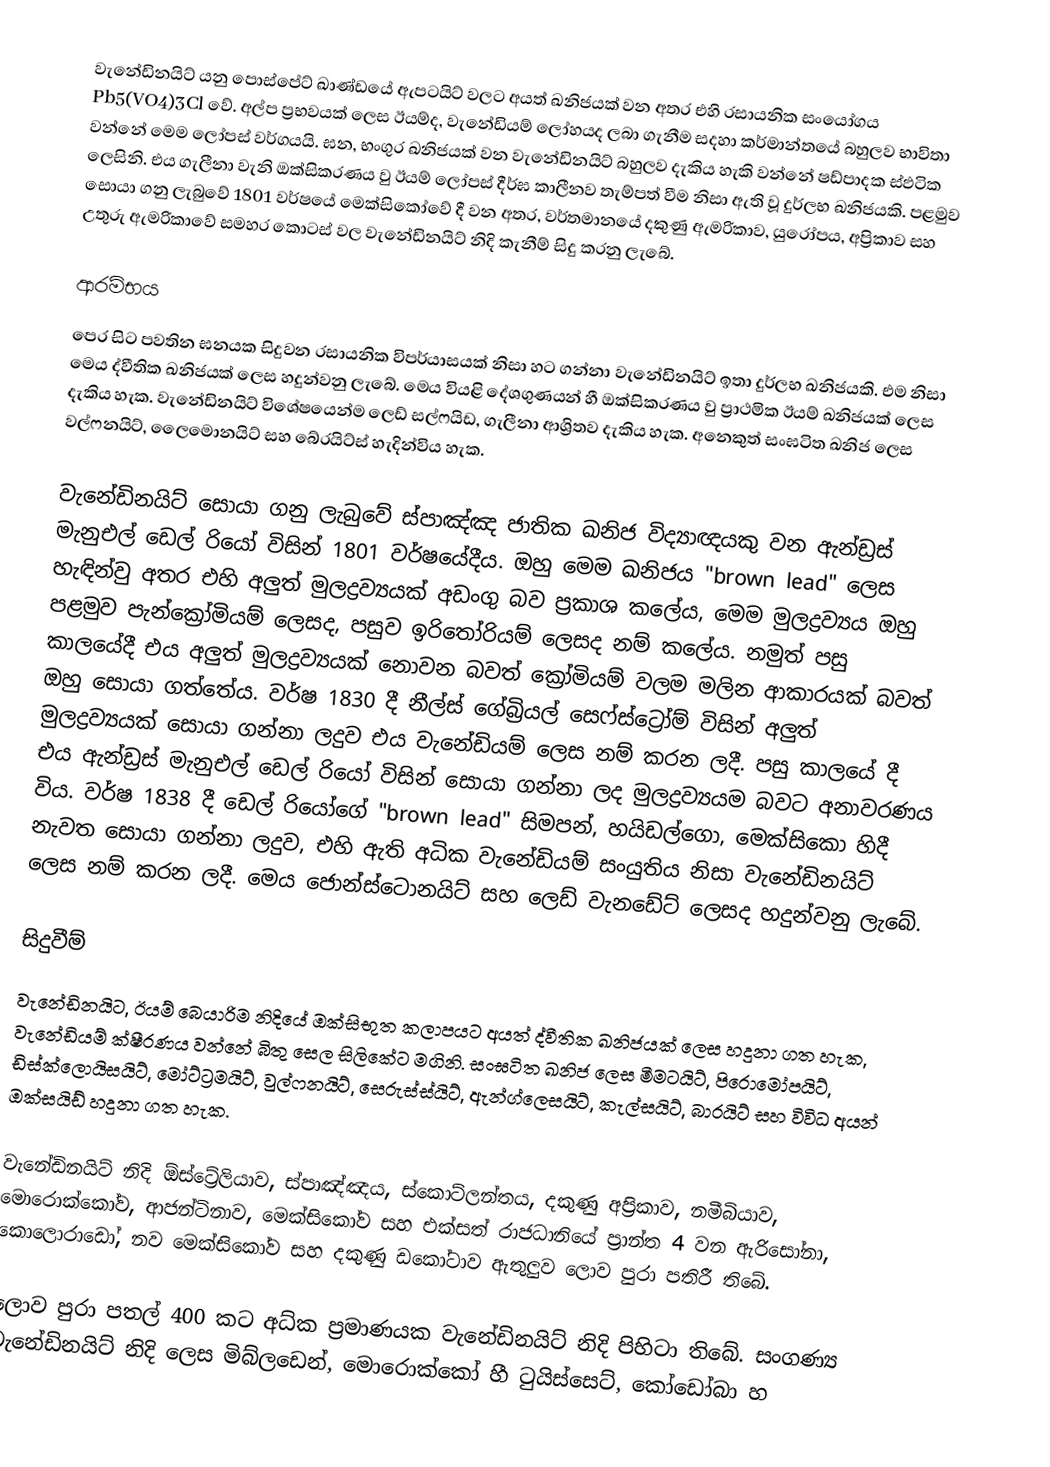
වැනේඩිනයිට් යනු පොස්පේට් ඛාණ්ඩයේ ඇපටයිට් වලට අයත් ඛනිජයක් වන අතර එහි රසායනික සංයෝගය Pb5(VO4)3Cl  වේ. අල්ප ප්‍රභවයක් ලෙස ඊයම්ද, වැනේඩියම් ලෝහයද ලබා ගැනීම සදහා කර්මාන්තයේ බහුලව භාවිතා වන්නේ මෙම ලෝපස් වර්ගයයි. ඝන, භංගුර ඛනිජයක් වන වැනේඩිනයිට් බහුලව දැකිය හැකි වන්නේ ෂඩ්පාදක ස්ඵටික ලෙසිනි. එය ගැලීනා වැනි ඔක්සිකරණය වු ඊයම් ලෝපස් දීර්ඝ කාලීනව තැම්පත් වීම නිසා ඇති වූ දුර්ලභ ඛනිජයකි. පළමුව සොයා ගනු ලැබුවේ 1801 වර්ෂයේ මෙක්සිකෝවේ දී වන අතර, වර්තමානයේ දකුණු ඇමරිකාව, යුරෝපය, අප්‍රිකාව සහ උතුරු ඇමරිකාවේ සමහර කොටස් වල වැනේඩිනයිට් නිදි කැනීම් සිදු කරනු ලැබේ.

ආරම්භය
පෙර සිට පවතින ඝනයක සිදුවන රසායනික විපර්යාසයක් නිසා හට ගන්නා වැනේඩිනයිට් ඉතා දුර්ලභ ඛනිජයකි. එම නිසා මෙය ද්වීතික ඛනිජයක් ලෙස හදුන්වනු ලැබේ. මෙය වියළි දේශගුණයන් හී ඔක්සිකරණය වු ප්‍රාථමික ඊයම් ඛනිජයක් ලෙස දැකිය හැක. වැනේඩිනයිට් විශේෂයෙන්ම ලෙඩ් සල්ෆයිඩ, ගැලීනා ආශ්‍රිතව දැකිය හැක. අනෙකුත් සංඝටිත ඛනිජ ලෙස වල්ෆනයිට්, ලෛමොනයිට් සහ  බේරයිට්ස් හැදින්විය හැක.

වැනේඩිනයිට් සොයා ගනු ලැබුවේ ස්පාඤ්ඤ ජාතික ඛනිජ විද්‍යාඥයකු වන ඇන්ඩ්‍රස් මැනුඑල් ඩෙල් රියෝ විසින් 1801 වර්ෂයේදීය. ඔහු මෙම ඛනිජය "brown lead" ලෙස හැඳින්වු අතර එහි අලුත් මුලද්‍රව්‍යයක් අඩංගු බව ප්‍රකාශ කලේය, මෙම මුලද්‍රව්‍යය ඔහු පළමුව පැන්ක්‍රෝමියම් ලෙසද, පසුව ඉරි‍තෝරියම් ලෙසද නම් කලේය. නමුත් පසු කාලයේදී එය අලුත් මුලද්‍රව්‍යයක් නොවන බවත් ක්‍රෝමියම් වලම මලින ආකාරයක් බවත් ඔහු සොයා ගත්තේය. වර්ෂ  1830 දී නීල්ස් ගේබ්‍රියල් සෙෆ්ස්ට්‍රෝම් විසින් අලුත් මුලද්‍රව්‍යයක් සොයා ගන්නා ලදුව එය වැනේඩියම් ලෙස නම් කරන ලදී. පසු කාලයේ දී එය ඇන්ඩ්‍රස් මැනුඑල් ඩෙල් රියෝ විසින් සොයා ගන්නා ලද මුලද්‍රව්‍යයම බවට අනාවරණය විය. වර්ෂ 1838 දී ඩෙල් රියෝගේ "brown lead" සිමපන්, හයිඩල්ගො, මෙක්සිකො හිදී නැවත සොයා ගන්නා ලදුව, එහි ඇති අධික වැනේඩියම් සංයුතිය නිසා වැනේඩිනයිට් ලෙස නම් කරන ලදී. මෙය ජොන්ස්ටොනයිට් සහ ලෙඩ් වැනඩේට් ලෙසද හදුන්වනු ලැබේ.

සිදුවීම්
වැනේඩිනයිට, ඊයම් බෙයාරිම නිදියේ ඔක්සිභුත කලාපයට අයත් ද්වීතික ඛනිජයක් ලෙස හදුනා ගත හැක, වැනේඩියම් ක්ෂීරණය වන්නේ බිතු සෙල සිලිකේට මගිනි. සංඝටිත ඛනිජ ලෙස මීමටයිට්, පිරොමෝපයිට්, ඩිස්ක්ලොයිසයිට්, මෝට්ට්‍රමයිට්, වුල්ෆනයිට්, සෙරුස්ස්යිට්, ඇන්ග්ලෙසයිට්, කැල්සයිට්, බාරයිට් සහ විවිධ අයන් ඔක්සයිඩ් හදුනා ගත හැක.

වැනේඩිනයිට් නිදි ඕස්ට්‍රේලියාව, ස්පාඤ්ඤය, ස්කොට්ලන්තය, දකුණු අප්‍රිකාව, නමීබියාව, මොරොක්කෝව, ආජන්ටිනාව, මෙක්සිකෝව සහ එක්සත් රාජධානියේ ප්‍රාන්ත 4 වන ඇරිසෝනා, කොලොරාඩෝ, නව මෙක්සිකෝව සහ දකුණු ඩකෝටාව ඇතුලුව ලොව පුරා පතිරී තිබේ.

ලොව පුරා පතල් 400 කට අධ්ක ප්‍රමාණයක වැනේඩිනයිට් නිදි පිහිටා තිබේ. සංගණ්‍ය වැනේඩිනයිට් නිදි ලෙස මිබ්ලඩෙන්, මොරොක්කෝ හී ‍ටුයිස්සෙට්, කෝඩෝබා හ